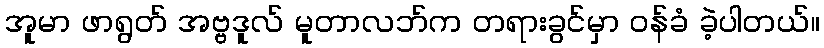
အူမာ ဖာရွတ် အဗ္ဗဒူလ် မူတာလဘ်က တရားခွင်မှာ ဝန်ခံ ခဲ့ပါတယ်။